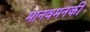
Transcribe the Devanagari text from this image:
मानवमनकी